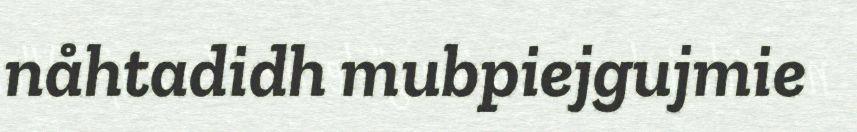
nåhtadidh mubpiejgujmie